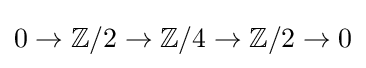
0\to \mathbb {Z} /2\to \mathbb {Z} /4\to \mathbb {Z} /2\to 0